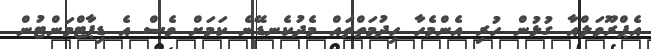
އެޕްރޫވަލްއާ ގުޅުން ހުރި އެންމެހާ ހިދުމަތްތައް މެދުކެނޑޭނެ ކަމަށް ވެސް އެ ޑިޕާޓްމަންޓުން